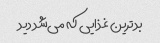
بدترین غذایی که می‌شد دید